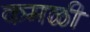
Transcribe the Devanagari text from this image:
कमळी